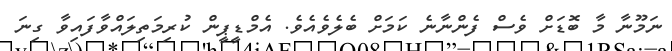
ނަމޫނާ މާ ބޮޑަށް ވެސް ފެންނާނެ ކަމަށް ބެލެވެއެވެ. އެމްޑީޕީން ކުރިމަތިލައްވާފައިވާ ގިނަ